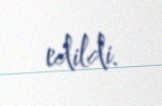
edildi.